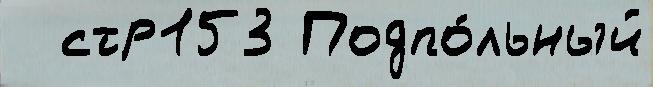
  стр153 Подпо́льный